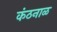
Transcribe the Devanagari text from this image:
कंठनाळ